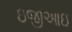
ઇજીઆઇ